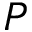
P